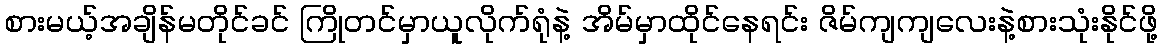
စားမယ့်အချိန်မတိုင်ခင် ကြိုတင်မှာယူလိုက်ရုံနဲ့ အိမ်မှာထိုင်နေရင်း ဇိမ်ကျကျလေးနဲ့စားသုံးနိုင်ဖို့